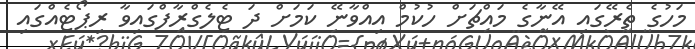
މަހުގެ ތެރޭގައި އޭނާގެ މައްޗަށް ހުކުމް އިއްވާނޭ ކަމަށް ދަ ޓެލެގްރާފްގައިވާ ރިޕޯޓެއްގައި